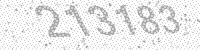
Solution: 213183